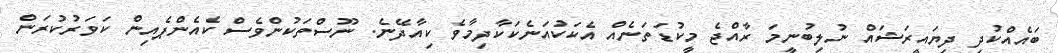
ބައެއްކުދި ދިޔައީރަޝައް ނުލިބުނީމަ ރާއްޖެ މީކުޑަތަނެއް އެކަކުއަނެކަކާދިމާވެ ކިއާދޭނެ. ނޫސްތަކުންވެސް ކެއެންޕެއިން ކަވަރުކުރަން